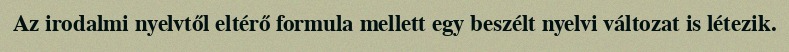
Az irodalmi nyelvtől eltérő formula mellett egy beszélt nyelvi változat is létezik.